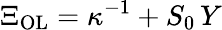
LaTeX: \Xi_{\mathrm{OL}}=\kappa^{-1}+S_{0}\, Y